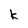
Character: k